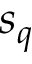
s _ { q }